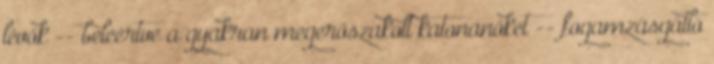
lévők -- beleértve a gyakran megerőszakolt katonanőket -- fogamzásgátló